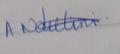
Signature authenticity: genuine